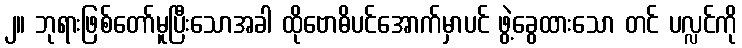
၂။ ဘုရားဖြစ်တော်မူပြီးသောအခါ ထိုဗောဓိပင်အောက်မှာပင် ဖွဲ့ခွေထားသော တင် ပလ္လင်ကို